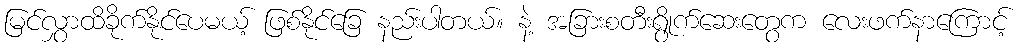
မြင်လွှာထိခိုက်နိုင်ပေမယ့် ဖြစ်နိုင်ခြေ နည်းပါတယ်။ နဲ့ အခြားစတီးရွိုက်ဆေးတွေက လေးဖက်နာကြောင့်